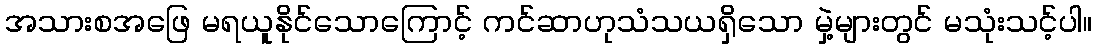
အသားစအဖြေ မရယူနိုင်သောကြောင့် ကင်ဆာဟုသံသယရှိသော မှဲ့များတွင် မသုံးသင့်ပါ။